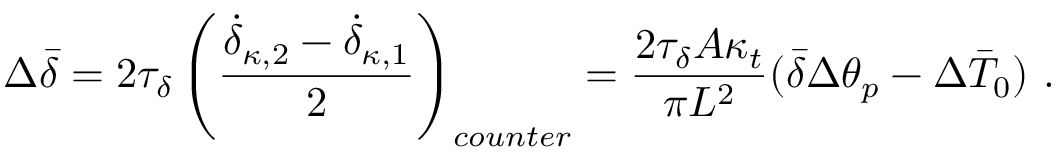
\Delta \bar { \delta } = 2 \tau _ { \delta } \left( \frac { \dot { \delta } _ { \kappa , 2 } - \dot { \delta } _ { \kappa , 1 } } { 2 } \right) _ { c o u n t e r } = \frac { 2 \tau _ { \delta } A \kappa _ { t } } { \pi L ^ { 2 } } ( \bar { \delta } \Delta \theta _ { p } - \Delta \bar { T } _ { 0 } ) \ .